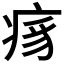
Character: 𬏯